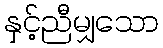
နှင့်ညီမျှသော